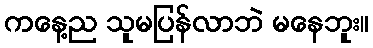
ကနေ့ည သူမပြန်လာဘဲ မနေဘူး။